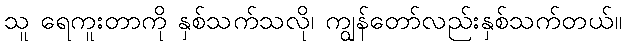
သူ ရေကူးတာကို နှစ်သက်သလို၊ ကျွန်တော်လည်းနှစ်သက်တယ်။